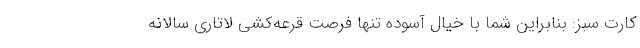
کارت سبز: بنابراین شما با خیال آسوده تنها فرصت قرعه‌کشی لاتاری سالانه